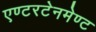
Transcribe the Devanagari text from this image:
एण्टरटेनमेण्ट